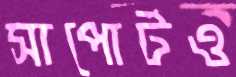
সাপোর্টও